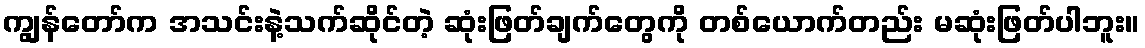
ကျွန်တော်က အသင်းနဲ့သက်ဆိုင်တဲ့ ဆုံးဖြတ်ချက်တွေကို တစ်ယောက်တည်း မဆုံးဖြတ်ပါဘူး။